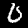
Label: 0